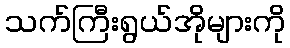
သက်ကြီးရွယ်အိုများကို